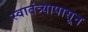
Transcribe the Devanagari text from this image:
स्वातंत्र्यापासून